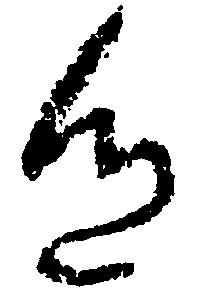
色